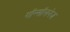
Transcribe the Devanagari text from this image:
गॉन्सॉलनेज़